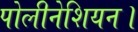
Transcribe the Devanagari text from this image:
पोलीनेशियन।